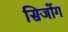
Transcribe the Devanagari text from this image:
सिजोंग